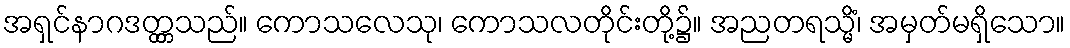
အရှင်နာဂဒတ္တ္တသည်။ ကောသလေသု၊ ကောသလတိုင်းတို့၌။ အညတရသ္မိံ၊ အမှတ်မရှိသော။